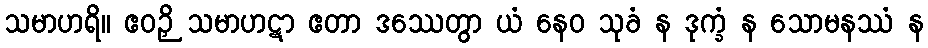
သမာဟရိ။ ဧဝဉှိ သမာဟဋာ ဧတာ ဒဿေတွာ ယံ နေဝ သုခံ န ဒုက္ခံ န သောမနဿံ န